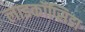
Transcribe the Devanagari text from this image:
लाइकॉप्सिडा